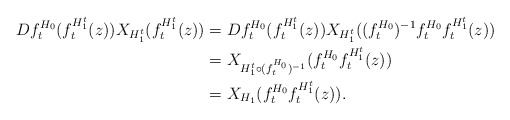
\begin{align*}Df_{t}^{H_{0}}(f_{t}^{H_{1}^{t}}(z))X_{H_{1}^{t}}(f_{t}^{H_{1}^{t}}(z)) &=Df_{t}^{H_{0}}(f_{t}^{H_{1}^{t}}(z))X_{H_{1}^{t}}((f_{t}^{H_{0}})^{-1}f_{t}^{H_{0}}f_{t}^{H_{1}^{t}}(z))\\& =X_{H_{1}^{t}\circ(f_{t}^{H_{0}})^{-1}}(f_{t}^{H_{0}}f_{t}^{H_{1}^{t}}(z))\\& =X_{H_{1}}(f_{t}^{H_{0}}f_{t}^{H_{1}^{t}}(z)).\end{align*}